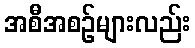
အစီအစဉ်များလည်း